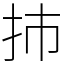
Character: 㧊